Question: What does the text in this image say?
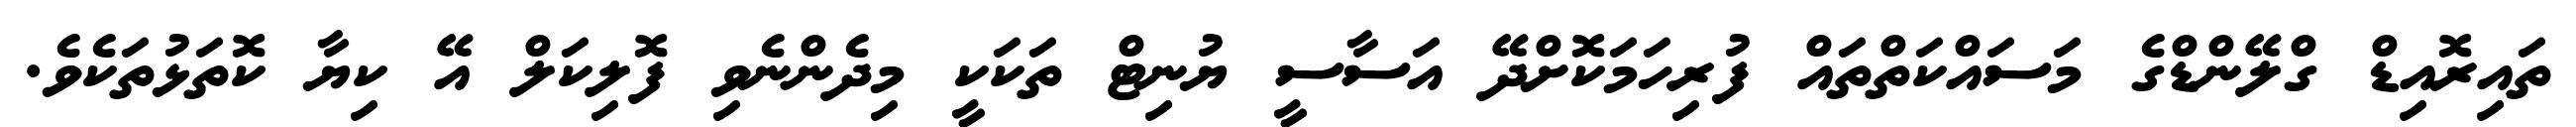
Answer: ތައިރޮއިޑް ގްލޭންޑްގެ މަސައްކަތްތައް ފުރިހަމަކޮށްދޭ އަސާސީ ޔުނިޓް ތަކަކީ މިދެންނެވި ފޮލިކަލް އޭ ކިޔާ ކޮތަޅުތަކެވެ.